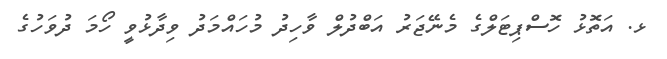
ޅ. އަތޮޅު ހޮސްޕިޓަލްގެ މެނޭޖަރު އަބްދުލް ވާހިދު މުހައްމަދު ވިދާޅުވީ ހޯމަ ދުވަހުގެ